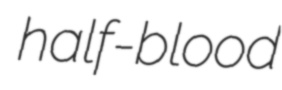
half-blood